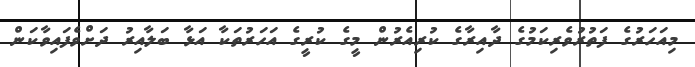
މިއަހަރުގެ ފަތުރުވެރިކަމުގެ ދާއިރާގެ ކުރިއެރުން މީގެ ކުރީގެ އަހަރުތަކާ އަޅާ ބަލާއިރު ދަށްވެފައިވާކަން